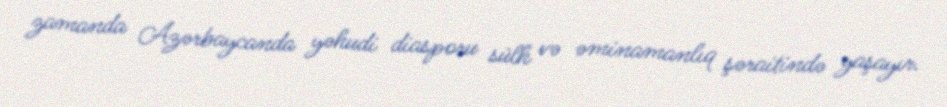
zamanda Azərbaycanda yəhudi diasporu sülh və əminamanlıq şəraitində yaşayır.